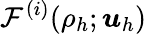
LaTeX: \mathcal{F}^{(i)}(\rho_{h};\boldsymbol{u}_{h})